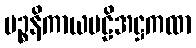
ပဉ္စနိကာယပဠိအဋ္ဌကထာ